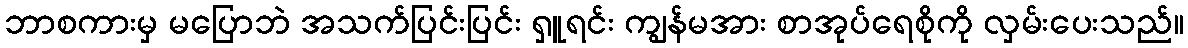
ဘာစကားမှ မပြောဘဲ အသက်ပြင်းပြင်း ရှူရင်း ကျွန်မအား စာအုပ်ရေစိုကို လှမ်းပေးသည်။